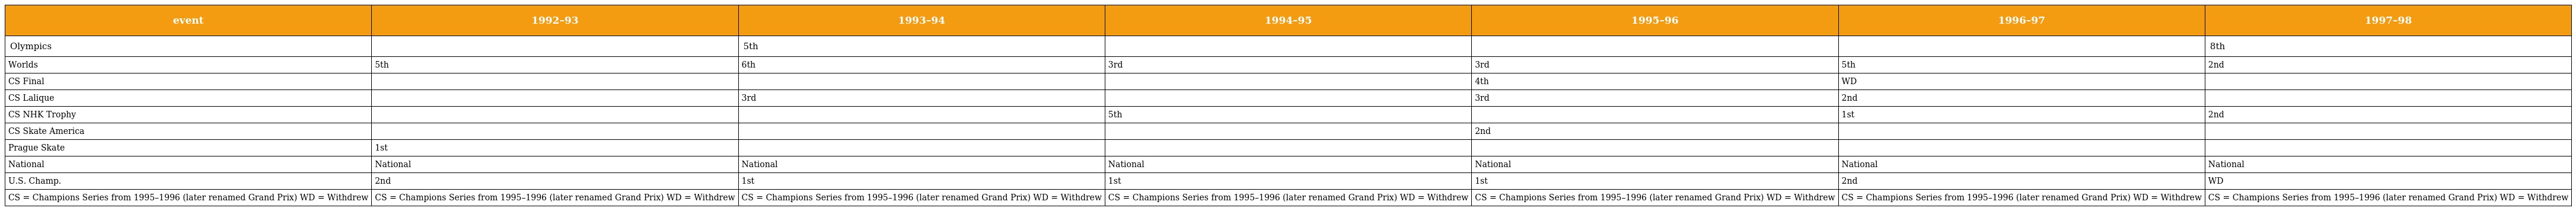
| event | 1992–93 | 1993–94 | 1994–95 | 1995–96 | 1996–97 | 1997–98 |
 | --- | --- | --- | --- | --- | --- | --- |
 | Olympics |  | 5th |  |  |  | 8th |
 | Worlds | 5th | 6th | 3rd | 3rd | 5th | 2nd |
 | CS Final |  |  |  | 4th | WD |  |
 | CS Lalique |  | 3rd |  | 3rd | 2nd |  |
 | CS NHK Trophy |  |  | 5th |  | 1st | 2nd |
 | CS Skate America |  |  |  | 2nd |  |  |
 | Prague Skate | 1st |  |  |  |  |  |
 | National | National | National | National | National | National | National |
 | U.S. Champ. | 2nd | 1st | 1st | 1st | 2nd | WD |
 | CS = Champions Series from 1995–1996 (later renamed Grand Prix) WD = Withdrew | CS = Champions Series from 1995–1996 (later renamed Grand Prix) WD = Withdrew | CS = Champions Series from 1995–1996 (later renamed Grand Prix) WD = Withdrew | CS = Champions Series from 1995–1996 (later renamed Grand Prix) WD = Withdrew | CS = Champions Series from 1995–1996 (later renamed Grand Prix) WD = Withdrew | CS = Champions Series from 1995–1996 (later renamed Grand Prix) WD = Withdrew | CS = Champions Series from 1995–1996 (later renamed Grand Prix) WD = Withdrew |